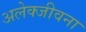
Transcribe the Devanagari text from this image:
अलेक्जीवना